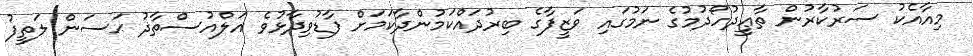
މިއާއެކު ސަރުކާރުން ތާޢީދުހޯދުމުގެ ނަމުގައި ވަޒީފާގެ ބިރުދައްކަމުންދާކަމަށް ފާޑުވިދާޅުވެ އަލްއުސްތާޛު ޙަސަން ލަތީފު